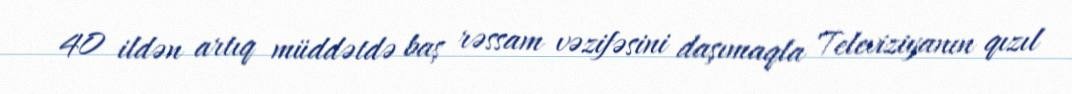
40 ildən artıq müddətdə baş rəssam vəzifəsini daşımaqla Televiziyanın qızıl